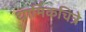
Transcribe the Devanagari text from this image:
धार्मिकचित्रे